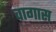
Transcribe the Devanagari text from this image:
वागास